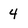
Character: 4